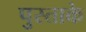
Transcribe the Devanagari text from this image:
पुस्ताके